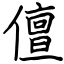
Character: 儃